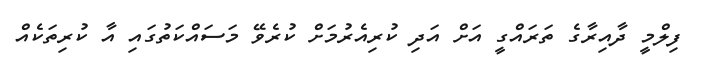
ފިލްމީ ދާއިރާގެ ތަރައްގީ އަށް އަދި ކުރިއެރުމަށް ކުރެވޭ މަސައްކަތުގައި އާ ކުރިތަކެއް